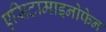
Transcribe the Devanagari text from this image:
एसिटामाइनोफेन